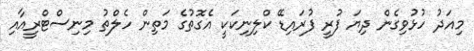
މިއަދު ހުޅުވިގެން ދިޔަ ފުރީ ފުރައިޑޭ ކްލިނިކަކީ އެގޮތުގެ މަތިން ހެލްތު މިނިސްޓްރީއާއި